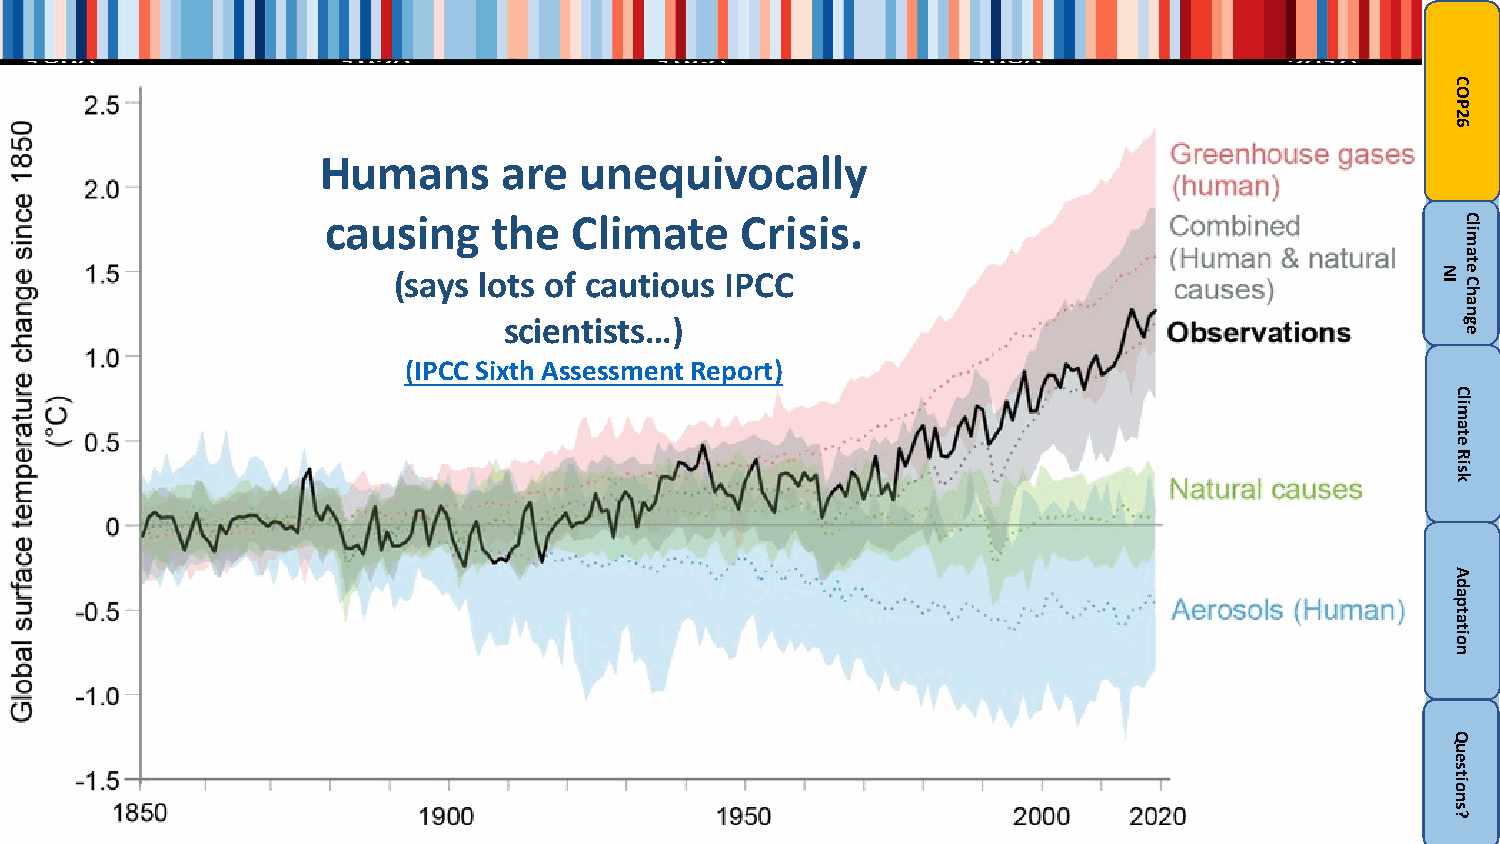
Humans      are  unequivocally
 causing    the  Climate    Crisis.
 (says lots of cautious IPCC
 scientists…)
 (IPCC Sixth Assessment Report)
 NI
 COP26
 Climate
 Risk
 Adaptation
 Questions?
 Climate
 Change